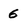
Character: 6